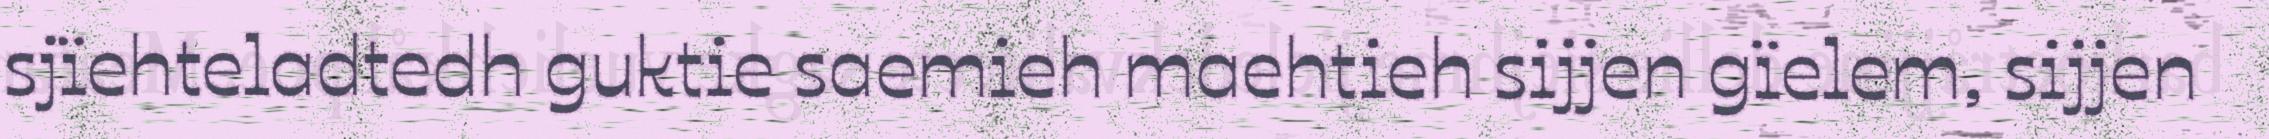
sjïehteladtedh guktie saemieh maehtieh sijjen gïelem, sijjen